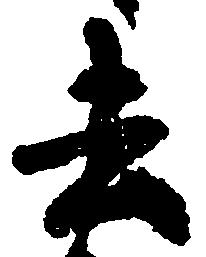
去